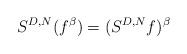
\begin{align*}S^{D,N} (f^\beta) = (S^{D,N} f)^\beta\end{align*}